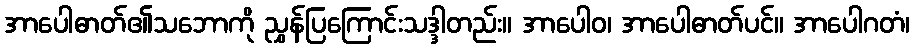
အာပေါဓာတ်၏သဘောကို ညွှန်ပြကြောင်းသဒ္ဒါတည်း။ အာပေါဝ၊ အာပေါဓာတ်ပင်။ အာပေါဂတံ၊